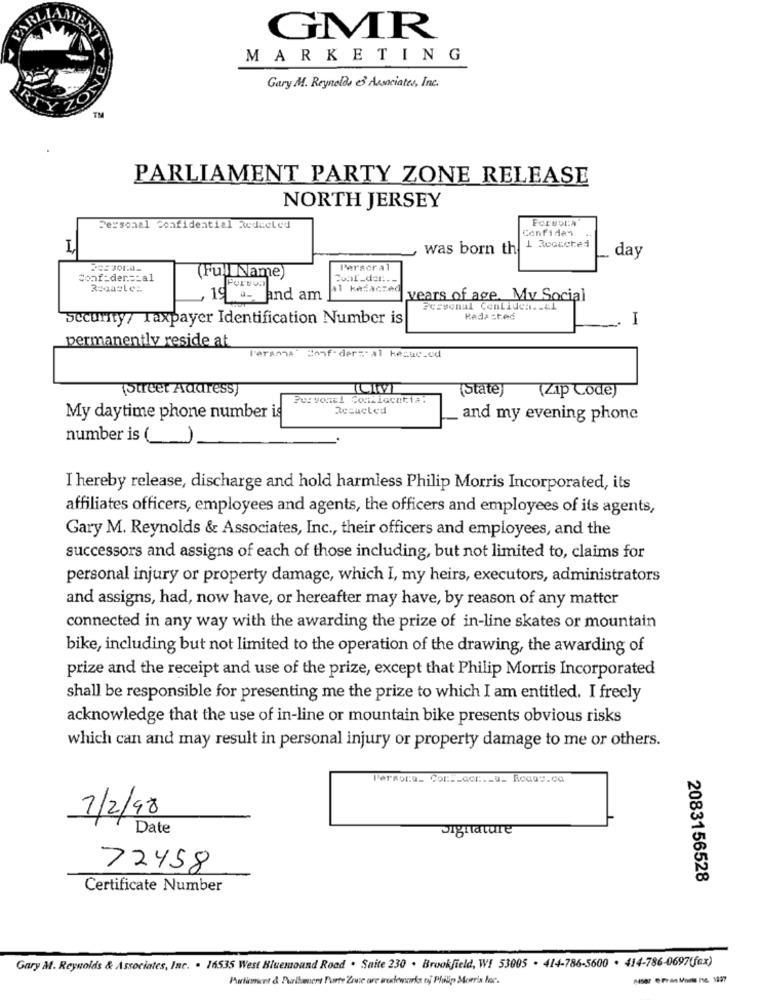
GMR
MARKETING
Gary M. Reynolds & Associates, Inc.
TM
PARLIAMENT PARTY ZONE RELEASE
NORTH JERSEY
FCPUDIA
Personal confidential Reducled
Confiden
was born th
1 Rooscted
day
Persor al
Conf:der == al
(Full Name)
Porsua
11 kazaczed
, 19 a- and am
years of age. My Social
Personal ConLiden. . &1
Security/ Taxpayer Identification Number is
Redacted
I
permanently reside at
Peranna' Bonf-dertal kesselod
totreet Address
ICIVI
(State)
(Zip Code)
Pervonel Contlocatia:
Resucted
My daytime phone number is
and my evening phone
number is (_
I hereby release, discharge and hold harmless Philip Morris Incorporated, its
affiliates officers, employees and agents, the officers and employees of its agents,
Gary M. Reynolds & Associates, Inc ., their officers and employees, and the
successors and assigns of each of those including, but not limited to, claims for
personal injury or property damage, which I, my heirs, executors, administrators
and assigns, had, now have, or hereafter may have, by reason of any matter
connected in any way with the awarding the prize of in-line skates or mountain
bike, including but not limited to the operation of the drawing, the awarding of
prize and the receipt and use of the prize, except that Philip Morris Incorporated
shall be responsible for presenting me the prize to which I am entitled. I freely
acknowledge that the use of in-line or mountain bike presents obvious risks
which can and may result in personal injury or property damage to me or others.
Person:u_ Cont_acz :._ a_ Roaus.ca
7/2/98
Date
Signature
72458
2083156528
Certificate Number
Gary M. Reynolds & Associates, Inc. . 16535 West Bluemound Road . Saite 230 . Brookfield, W! 53005 . 414-786-5600 . 414-786-0697(fax)
Pertinent & Purlamers Purty Zowe are tradeworks rij Philip Morris hoe.